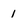
Character: 1